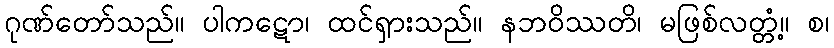
ဂုဏ်တော်သည်။ ပါကဋော၊ ထင်ရှားသည်။ နဘဝိဿတိ၊ မဖြစ်လတ္တံ့။ စ၊